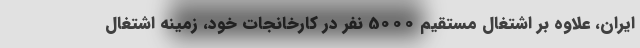
ایران، علاوه بر اشتغال مستقیم 5۰۰۰ نفر در کارخانجات خود، زمینه اشتغال